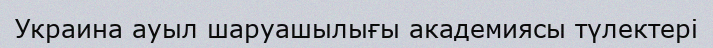
Украина ауыл шаруашылығы академиясы түлектері